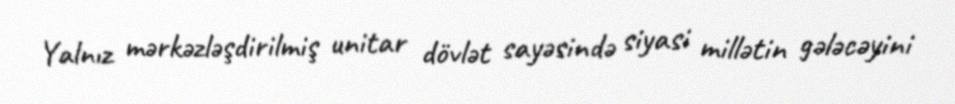
Yalnız mərkəzləşdirilmiş unitar dövlət sayəsində siyasi millətin gələcəyini